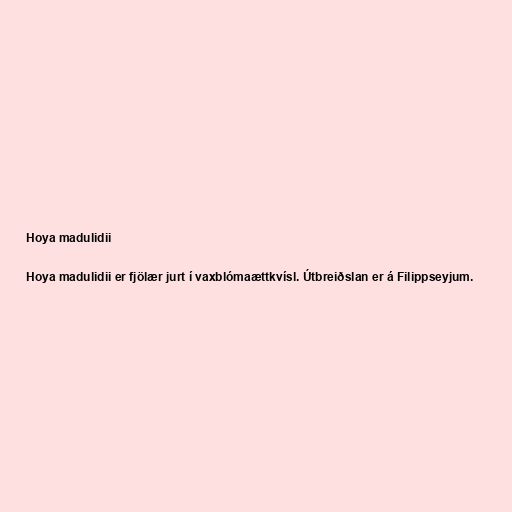
Hoya madulidii

Hoya madulidii er fjölær jurt í vaxblómaættkvísl. Útbreiðslan er á Filippseyjum.